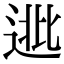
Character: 𨓖